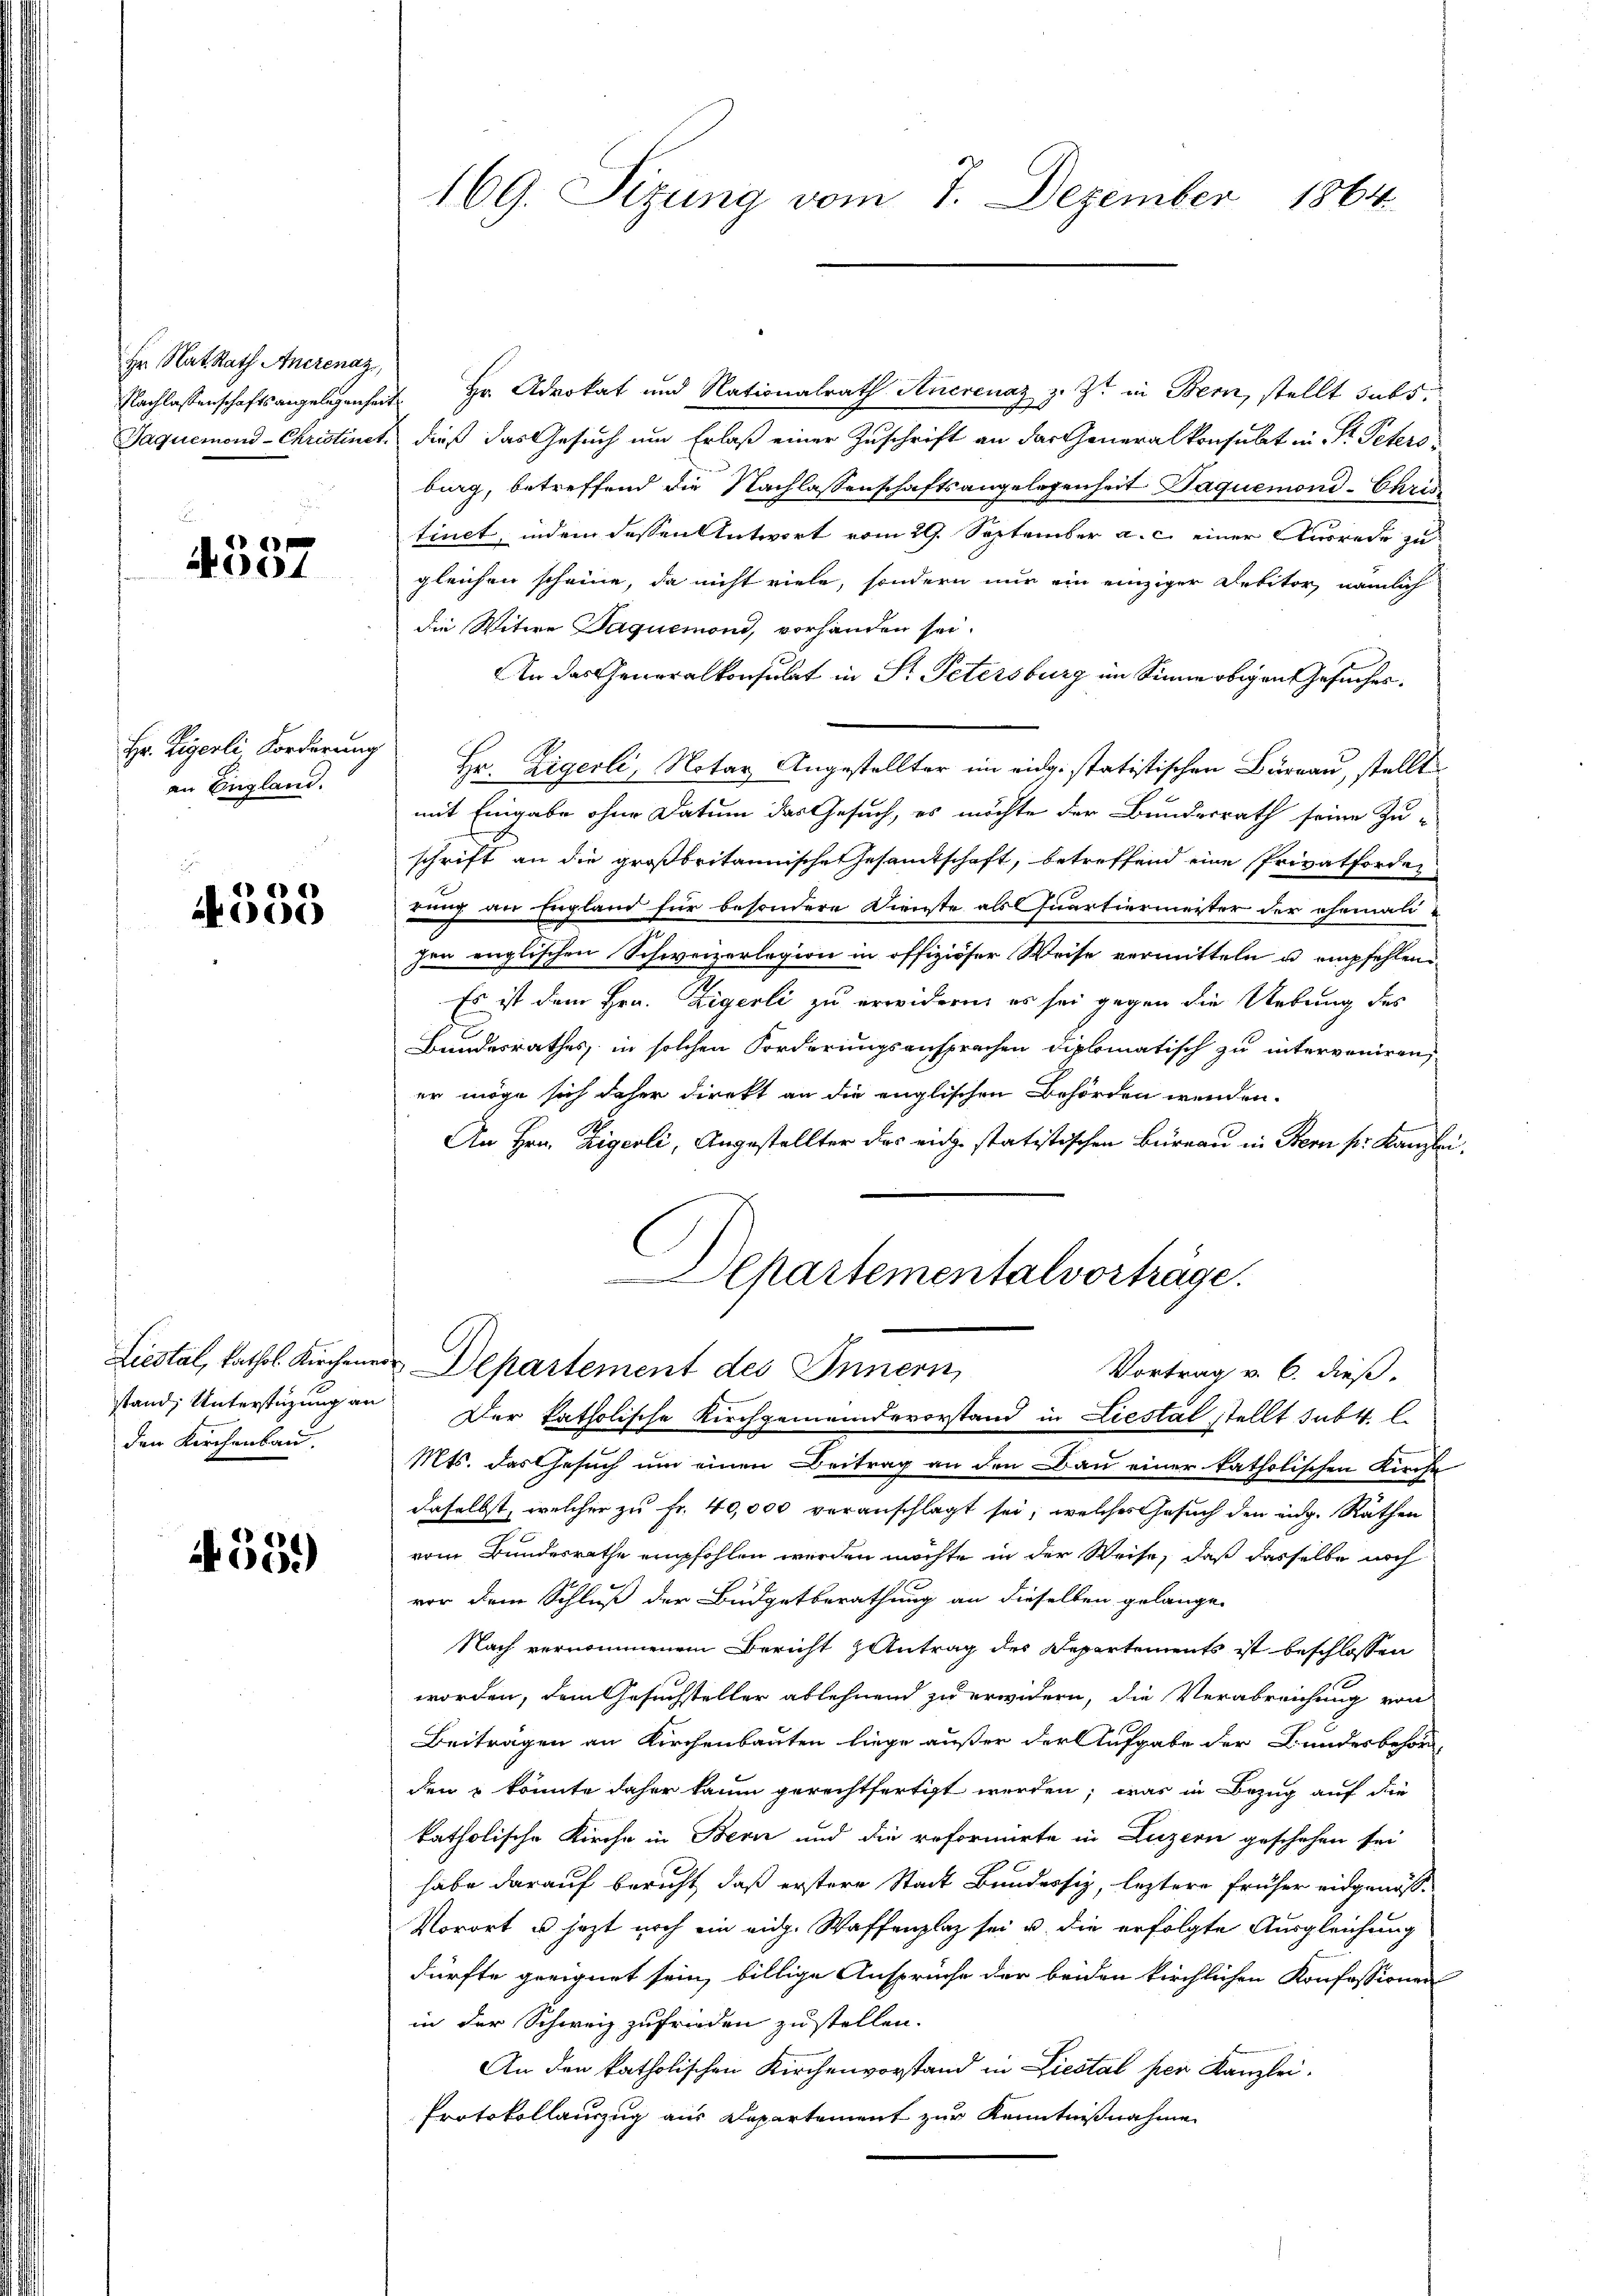
Hr. Rat Rath Anerenaz,
Nachlassenschaftsangelegenheit

6
004

Hr. Zigerli Forderung
an England.

d
00

Liestal, kathol. Kirchener
stand Unterstüzung an
den Kirchenbau.

559)

169. Sizung vom 7. Dezember 1864.

Hr. Advokat und Nationalrath Ancrenaz z. Zt. in Bern, stellt subs
Jaquemond-Christinet, dieß das Gesuch um Erlaß einer Zuschrift an das Generalkonsulat in Dr. Petersburg, betreffend die Nachlassenschaftsangelegenheit Daquemond-Chris
tinet, indem dessen Antwort vom 29. September a. c. einer Ausrede zu
gleichen scheine, da nicht viele, sondern nur ein einziger Debitor nämlich
die Witwe Jaquemoni, vorhanden sei.
An das Generalkonsulat in Pr. Petersburg im Sinne obigen Gesuches.
Hr. Zigerli, Notar Angestellter im eidg. statistischen Bürrau, stellt
mit Eingabe ohne Datum das Gesuch, es möchte der Bundesrath seine Zu-
schrift an die großbritannische Gesamtschaft, betreffend eine Privatforder
rung an Ergland für besondere Dienste als Quartiermeister der ehemali-
zen englischen Schweizerlegion in offiziöser Weise vermitteln u empfehlen
Es ist dem Hrn. Zigerli zu erwidern, es sei gegen die Uebung des
Bundesrathes, in solchen Forderungsansprachen diplomatisch zu interveniren
er möge sich daher direkt an die englischen Behörden werden.
An Hrn. Zigerli, Angestellter des einge statistischen Bureau in Stern pr. Kanzler
Departementalvorträge.
Departement des Innern
Vortrag v. 6. dieß.
Der katholische Kirchgemeindevorstand in Liestal stellt subt. l.
Mts. das Gesuch um einen Beitrag an den Bau einer katholischen Kirche
daselbst, welcher zu Fr. 40,000 voranschlagt sei, welches Gesuch den eidg. Räthen
vom Bundesrathe empfohlen werden möchte in der Weise, daß dasselbe noch
vor dem Schluß der Budgetberathung an dieselben gelangen
Nach vernommenem Bericht Antrag des Departements ist beschlossen
worden, dem Gesuchsteller ablehnend zu erwidern, die Verabreichung von
Beiträgen an Kirchenbauten liege außer der Aufgabe der Bundesbehörd
den & könnte daher kaum gerechtfertigt werden; was in Bezug auf die
katholische Kirche in Bern und die reformirte in Luzern geschehen sei
habe darauf beruht, daß erstere Stadt Bundessig, leztere früher eidgenös-
Vorort u. jetzt noch ein eidg. Waffenplaz sei u. die erfolgte Ausgleichung
dürfte geeignet sein, billige Ansprüche der beiden kirchlichen Konfessionen
in der Schweiz zufrieden zu stellen.
An den katholischen Kirchenvorstand in Liestal per Kanzlei.
Protokollauszug aus Departement zur Kenntnißnahme